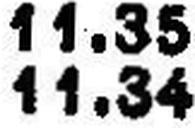
11.34